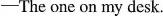
-The one on my desk.